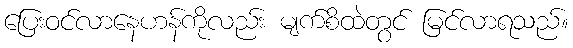
ပြေးဝင်လာနေဟန်ကိုလည်း မျက်စိထဲတွင် မြင်လာရသည်။